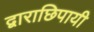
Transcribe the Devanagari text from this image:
द्वाराछिपायी